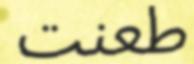
طعنت